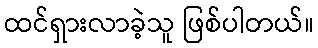
ထင်ရှားလာခဲ့သူ ဖြစ်ပါတယ်။